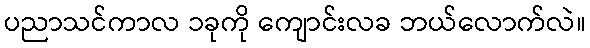
ပညာသင်ကာလ ၁ခုကို ကျောင်းလခ ဘယ်လောက်လဲ။